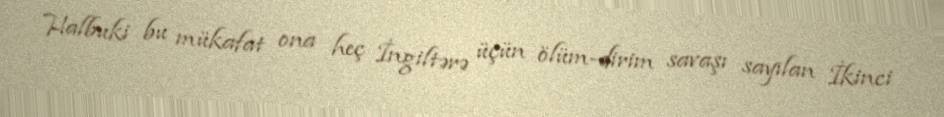
Halbuki bu mükafat ona heç İngiltərə üçün ölüm-dirim savaşı sayılan İkinci